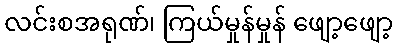
လင်းစအရုဏ်၊ ကြယ်မှုန်မှုန် ဖျော့ဖျော့